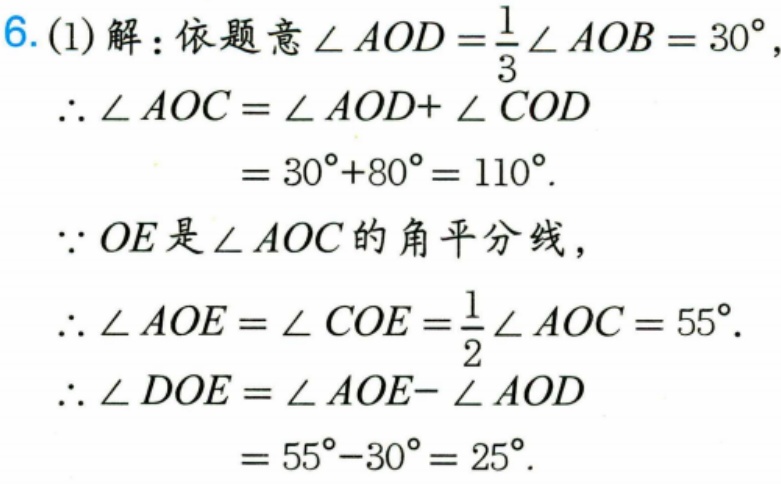
6.(1)解：依题意\(\angle AOD=\frac{1}{3}\angle AOB = 30^{\circ}\)，
\(\therefore \angle AOC=\angle AOD + \angle COD\)
\(=30^{\circ}+80^{\circ}=110^{\circ}\).
\(\because OE\)是\(\angle AOC\)的角平分线，
\(\therefore \angle AOE=\angle COE=\frac{1}{2}\angle AOC = 55^{\circ}\).
\(\therefore \angle DOE=\angle AOE - \angle AOD\)
\(=55^{\circ}-30^{\circ}=25^{\circ}\).